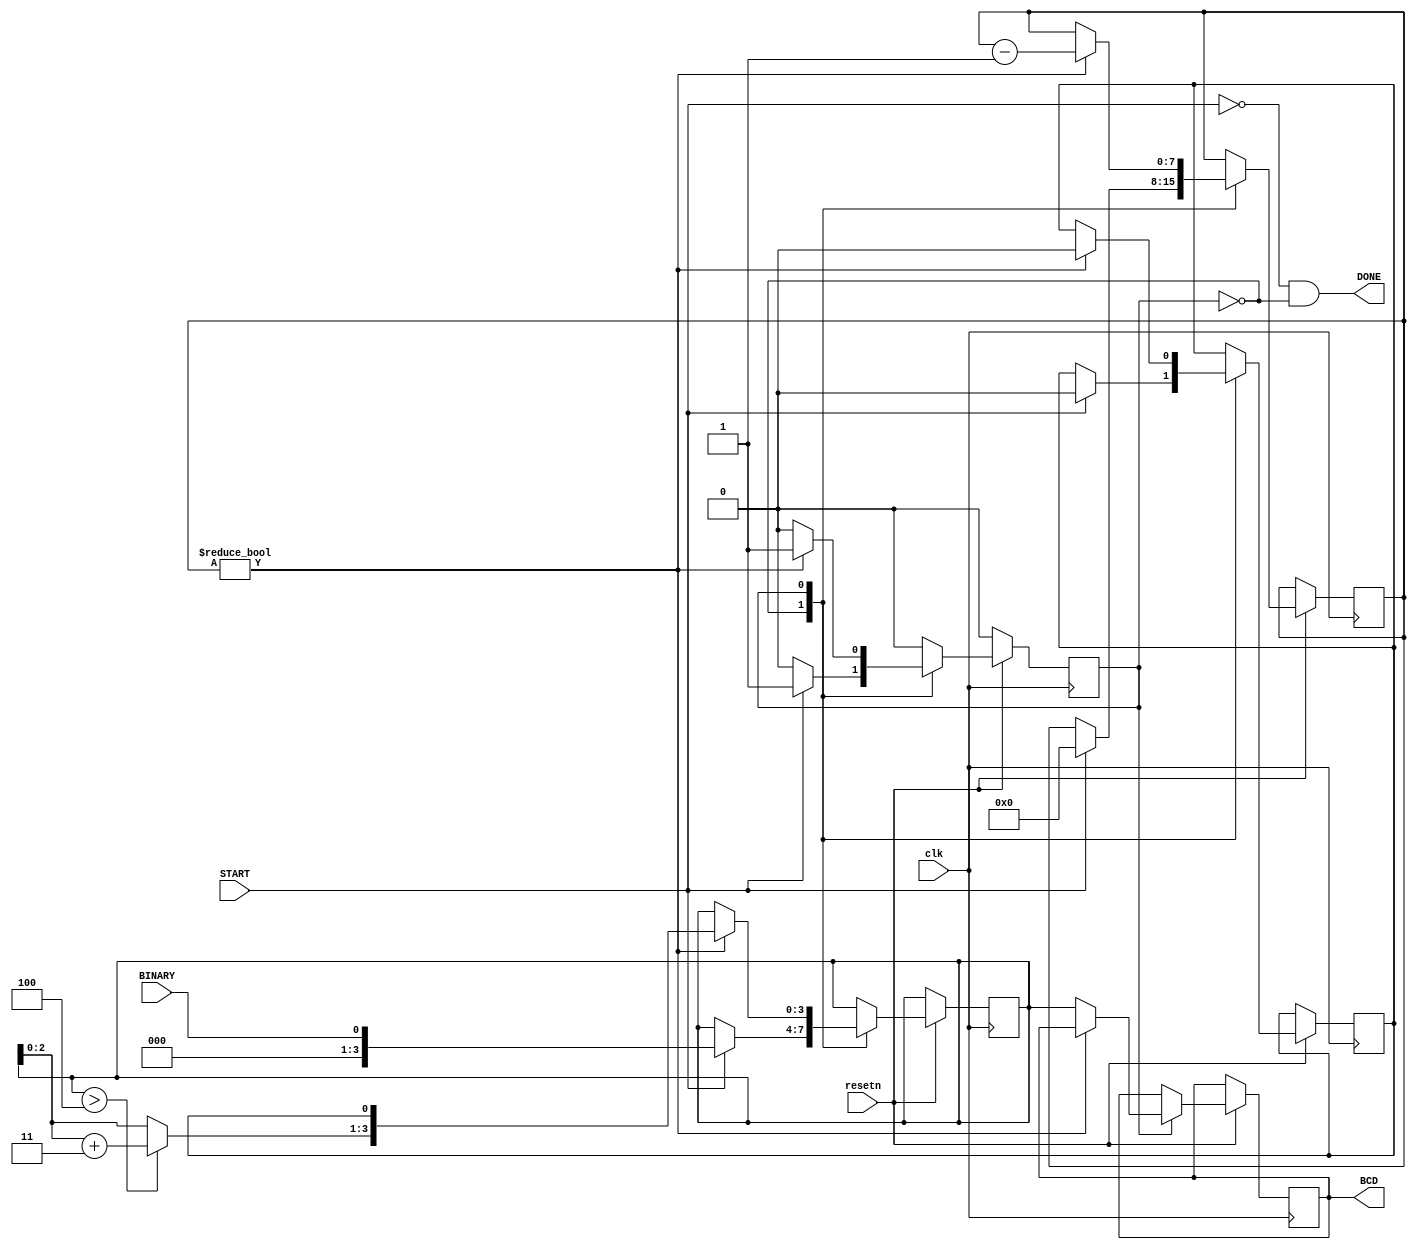
//======================================================================================================================
// double_dabble() - Implements the classic "double dabble" binary-to-BCD algorithm
//======================================================================================================================
module double_dabble#(parameter INPUT_WIDTH=1,  parameter DECIMAL_DIGITS=1)
(
    input                             clk, resetn,
    input [INPUT_WIDTH-1:0]           BINARY,
    input                             START,
    output reg [DECIMAL_DIGITS*4-1:0] BCD,
    output                            DONE
);

// The number of bits in the BCD output
localparam BCD_BITS = DECIMAL_DIGITS * 4;

// State of the state machine
reg                   fsm_state;

// Current estimate of the BCD value
reg [BCD_BITS-1:0]    bcd;

// Each BCD digit adjusted +3 as neccessary
wire[BCD_BITS-1:0]    next_bcd;

// Holds the bits of the original input value
reg [INPUT_WIDTH-1:0] binary;

// We will perform as many shifts as we have input bits
reg [7:0]             counter;

//=============================================================================
// This block generates "next_bcd" from "bcd".  Each nybble of next_bcd
// is the corresponding nybble in "bcd", plus 3 (if the original was > 4)
//=============================================================================
genvar i;
for (i=0; i<DECIMAL_DIGITS; i=i+1) begin
    assign next_bcd[i*4 +:4] = (bcd[i*4 +:4] > 4) ? bcd[i*4 +:4] + 3 
                                                  : bcd[i*4 +:4];   
end
//=============================================================================


//=============================================================================
// This block implements the classic "double-dabble" binary to BCD conversion
//=============================================================================
always @(posedge clk) begin

    if (resetn == 0)
        fsm_state <= 0;
    else case (fsm_state)

        0:  if (START) begin
                bcd       <= BINARY[INPUT_WIDTH-1];
                binary    <= BINARY << 1;
                counter   <= INPUT_WIDTH-1;
                fsm_state <= 1;
            end

        1:  if (counter) begin
                bcd     <= {next_bcd[BCD_BITS-2:0], binary[INPUT_WIDTH-1]};
                binary  <= binary << 1;
                counter <= counter - 1;
            end else begin
                BCD       <= bcd;
                fsm_state <= 0;
            end

    endcase

end

assign DONE = (START == 0 && fsm_state == 0);
//=============================================================================

endmodule